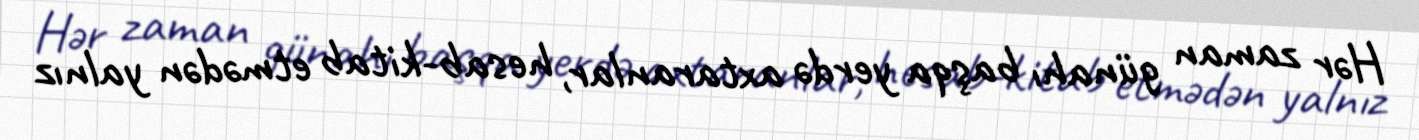
Hər zaman günahı başqa yerdə axtaranlar, hesab-kitab etmədən yalnız